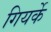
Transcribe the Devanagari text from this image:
गियर्के